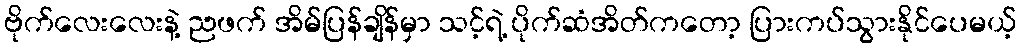
ဗိုက်လေးလေးနဲ့ ညဖက် အိမ်ပြန်ချိန်မှာ သင့်ရဲ့ ပိုက်ဆံအိတ်ကတော့ ပြားကပ်သွားနိုင်ပေမယ့်